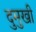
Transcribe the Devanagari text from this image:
दुमुखी